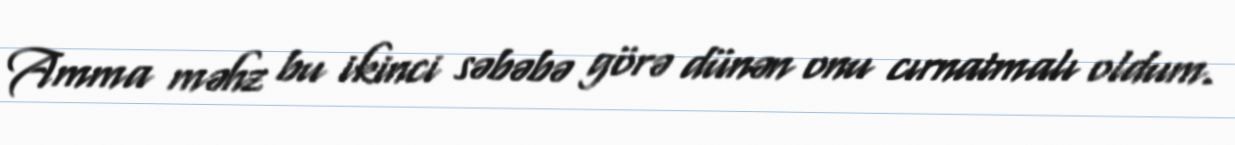
Amma məhz bu ikinci səbəbə görə dünən onu cırnatmalı oldum.